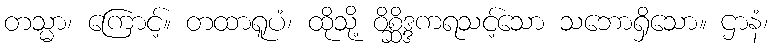
တသ္မာ၊ ကြောင့်။ တထာရူပံ၊ ထိုသို့ ဝိစ္ဆိဒ္ဒကရသင့်သော သဘောရှိသော။ ဌာနံ၊